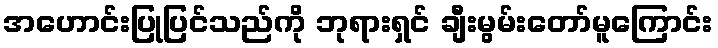
အဟောင်းပြုပြင်သည်ကို ဘုရားရှင် ချီးမွမ်းတော်မူကြောင်း